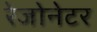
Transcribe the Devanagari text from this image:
रेजोनेटर